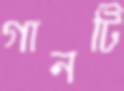
গানটি